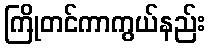
ကြိုတင်ကာကွယ်နည်း